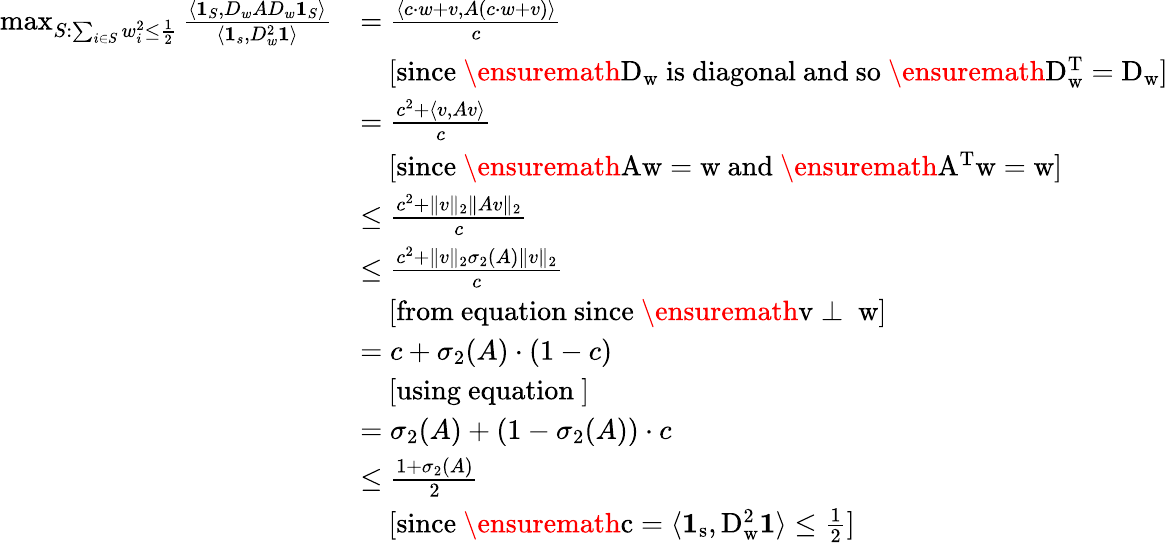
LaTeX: \begin{array}{rl}{\operatorname*{max}_{S:\sum_{i\in S}w_{i}^{2}\leq\frac{1}{2}}\frac{\langle\boldsymbol{1}_{S},D_{w}AD_{w}\boldsymbol{1}_{S}\rangle}{\langle\mathbf{1}_{s},D_{w}^{2}\mathbf{1}\rangle}}&{=\frac{\langle c\cdot w+v,A(c\cdot w+v)\rangle}{c}}\\ &{\ \ \ \ \mathrm{[since~\ensuremath{D_{w}}~is~diagonal~and~so~\ensuremath{D_{w}^{T}=D_{w}}]}}\\ &{=\frac{c^{2}+\langle v,Av\rangle}{c}}\\ &{\ \ \ \ \mathrm{[since~\ensuremath{Aw=w}~and~\ensuremath{A^{T}w=w}]}}\\ &{\leq\frac{c^{2}+\| v\| _{2}\| Av\| _{2}}{c}}\\ &{\leq\frac{c^{2}+\| v\| _{2}\sigma_{2}(A)\| v\| _{2}}{c}}\\ &{\ \ \ \ \mathrm{[from~equation~since~\ensuremath{v\perp~w}]}}\\ &{=c+\sigma_{2}(A)\cdot(1-c)}\\ &{\ \ \ \ \mathrm{[using~equation~]}}\\ &{=\sigma_{2}(A)+(1-\sigma_{2}(A))\cdot c}\\ &{\leq\frac{1+\sigma_{2}(A)}{2}}\\ &{\ \ \ \ \mathrm{[since~\ensuremath{c=\langle\mathbf{1}_{s},D_{w}^{2}\mathbf{1}\rangle\leq\frac{1}{2}}]}}\end{array}